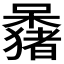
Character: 𫬕